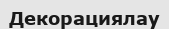
Декорациялау